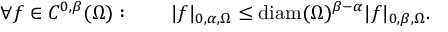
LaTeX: \forall f \in C ^ { 0 , \beta } ( \Omega ) : \qquad | f | _ { 0 , \alpha , \Omega } \leq \mathrm { d i a m } ( \Omega ) ^ { \beta - \alpha } | f | _ { 0 , \beta , \Omega } .